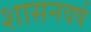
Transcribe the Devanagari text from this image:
शासनवर्ष